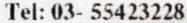
TEL: 03- 55423228